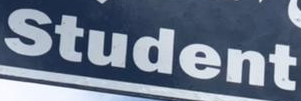
Student